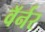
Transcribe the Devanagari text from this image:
वॅर्नर